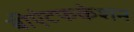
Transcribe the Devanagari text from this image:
बीऐटफकेशन